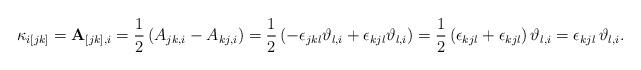
LaTeX: \begin{align*}\kappa_{i[jk]}=\mathbf{A}_{[jk],i}=\frac{1}{2}\left(A_{jk,i}-A_{kj,i}\right)=\frac{1}{2}\left(-\epsilon_{jkl}\vartheta_{l,i}+\epsilon_{kjl}\vartheta_{l,i}\right)=\frac{1}{2}\left(\epsilon_{kjl}+\epsilon_{kjl}\right)\vartheta_{l,i}=\epsilon_{kjl}\,\vartheta_{l,i}.\end{align*}